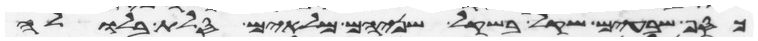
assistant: כסף שבעים שקל בשקל הקדש שניהם מלאים סלת בלולה